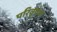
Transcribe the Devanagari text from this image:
परिवृषण